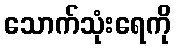
သောက်သုံးရေကို